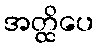
အတ္ထိပေ